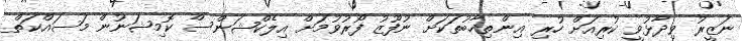
ނަޒީރު ވިދާޅުވީ ކުރިއަށް ހުރި އިންތިޚާބުތަކަށް ނުފޫޒު ފޯރުވުމަށް އިލެކްޝަންސް ކޮމިޝަނުން މަސައްކަތް